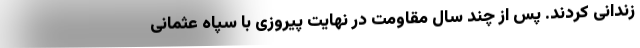
زندانی کردند. پس از چند سال مقاومت در نهایت پیروزی با سپاه عثمانی